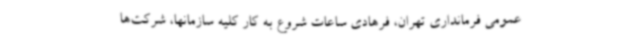
عمومی فرمانداری تهران، فرهادی ساعات شروع به کار کلیه سازمانها، شرکت‌ها